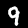
Digit: 9